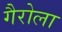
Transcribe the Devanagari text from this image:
गैरोला